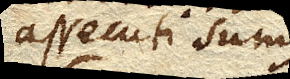
assecuti sumus